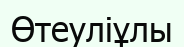
Өтеуліұлы